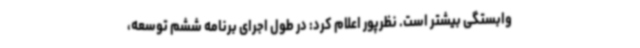
وابستگی بیشتر است. نظرپور اعلام کرد: در طول اجرای برنامه ششم توسعه،